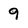
Character: 9